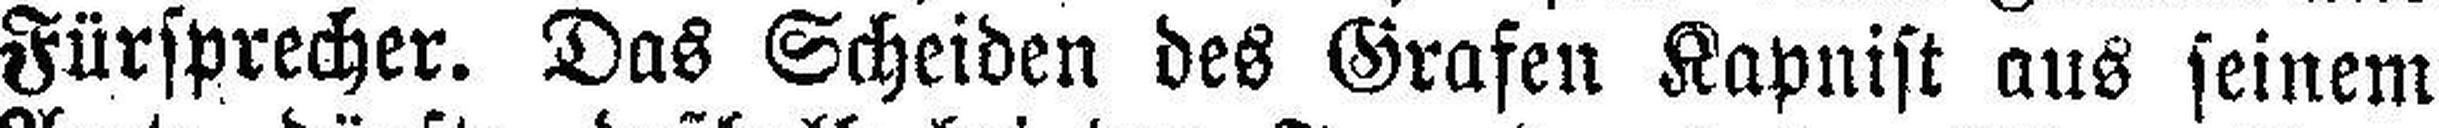
Fürsprecher. Das Scheiden des Grafen Kapnist aus seinem